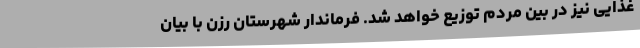
غذایی نیز در بین مردم توزیع خواهد شد. فرماندار شهرستان رزن با بیان